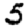
Digit: 5